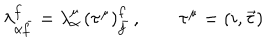
\lambda _ { \alpha \bar { f } } ^ { f } = \lambda _ { \alpha } ^ { \mu } \, ( \tau ^ { \mu } ) _ { \bar { f } } ^ { f } \, , \qquad \tau ^ { \mu } = ( i , \vec { \tau } )